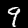
Digit: 9